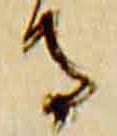
寺